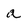
Character: a